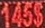
145$